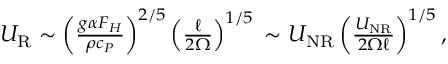
\begin{array} { r } { U _ { \mathrm { R } } \sim \left( \frac { g \alpha F _ { H } } { \rho c _ { P } } \right) ^ { 2 / 5 } \left( \frac { \ell } { 2 \Omega } \right) ^ { 1 / 5 } \, \sim U _ { \mathrm { N R } } \left( \frac { U _ { \mathrm { N R } } } { 2 \Omega \ell } \right) ^ { 1 / 5 } , } \end{array}